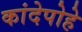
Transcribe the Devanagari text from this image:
कांदेपोहे